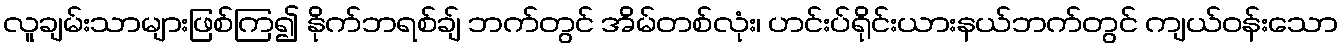
လူချမ်းသာများဖြစ်ကြ၍ နိုက်ဘရစ်ချ် ဘက်တွင် အိမ်တစ်လုံး၊ ဟင်းပ်ရိုင်းယားနယ်ဘက်တွင် ကျယ်ဝန်းသော